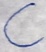
Text: C